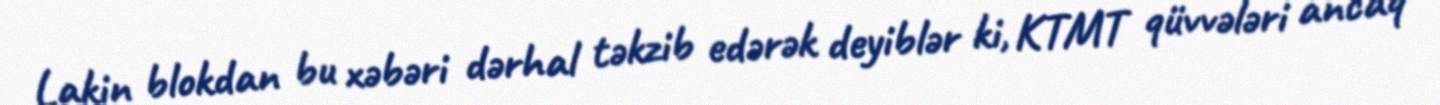
Lakin blokdan bu xəbəri dərhal təkzib edərək deyiblər ki, KTMT qüvvələri ancaq